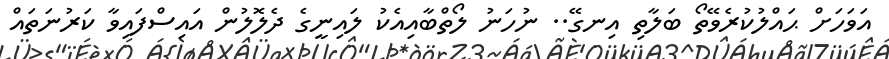
އަވަހަށް ޙައްލުކުރެވޭތޯ ބަލާތި އިނގޭ.. ނުހަނު ލޯތްބާއިއެކު ލައިނީގެ ދެލޮލުން އައިސްފައިވާ ކަރުނަތައް